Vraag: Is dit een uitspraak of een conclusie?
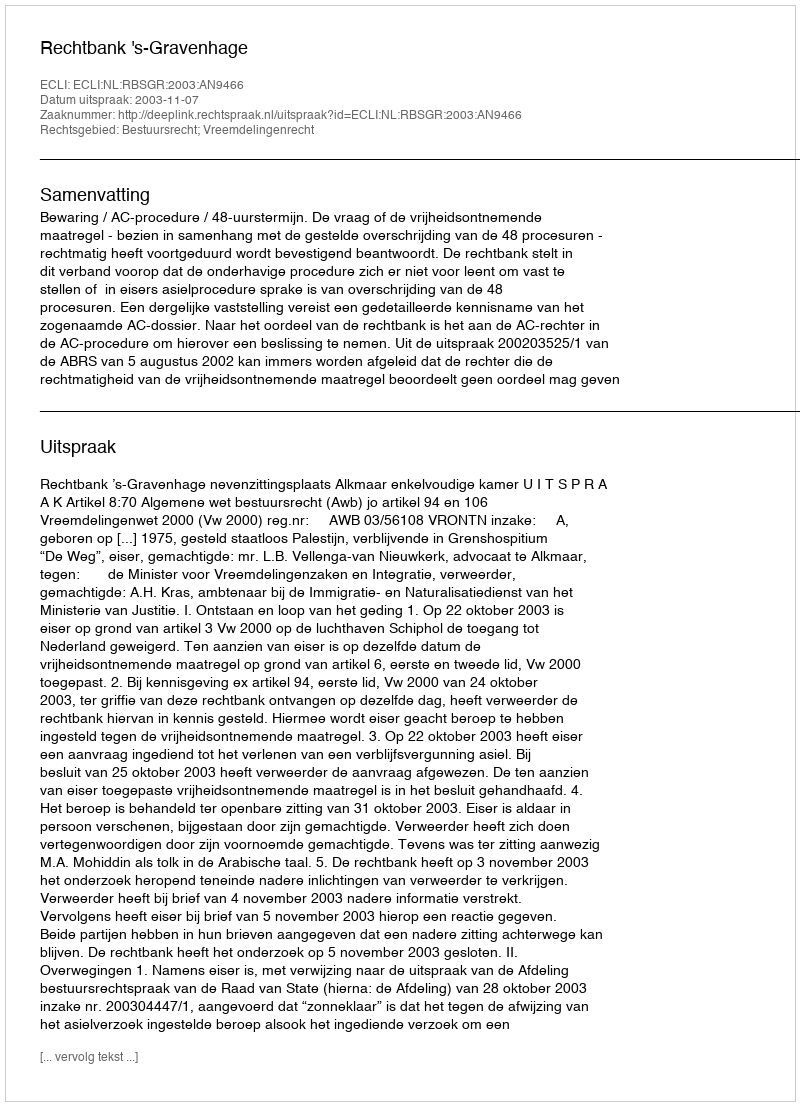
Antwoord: Uitspraak